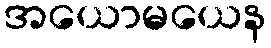
အယောမယေန